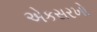
એકસરખો